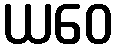
ယဝေ